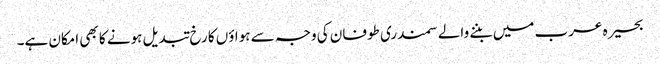
بحیرہ عرب میں بننے والے سمندری طوفان کی وجہ سے ہواؤں کا رخ تبدیل ہونے کا بھی امکان ہے۔